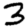
Digit: 3